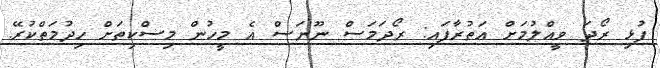
ފުޅި ރޯދަ ވީއްލުމަށް އަތުރާފައި: ރޯދަމަސް ނޫނަސް އެ މީހުން މިސްކިތަށް ހިދުމަތްކުރޭ.